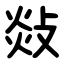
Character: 敥